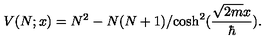
V ( N ; x ) = N ^ { 2 } - { N ( N + 1 ) } / { \cosh ^ { 2 } ( { \frac { \sqrt { 2 m } x } { \hbar } } ) } .